Report on vaccination in Madras 1904-1921 - 1904-1921
Year: 1904
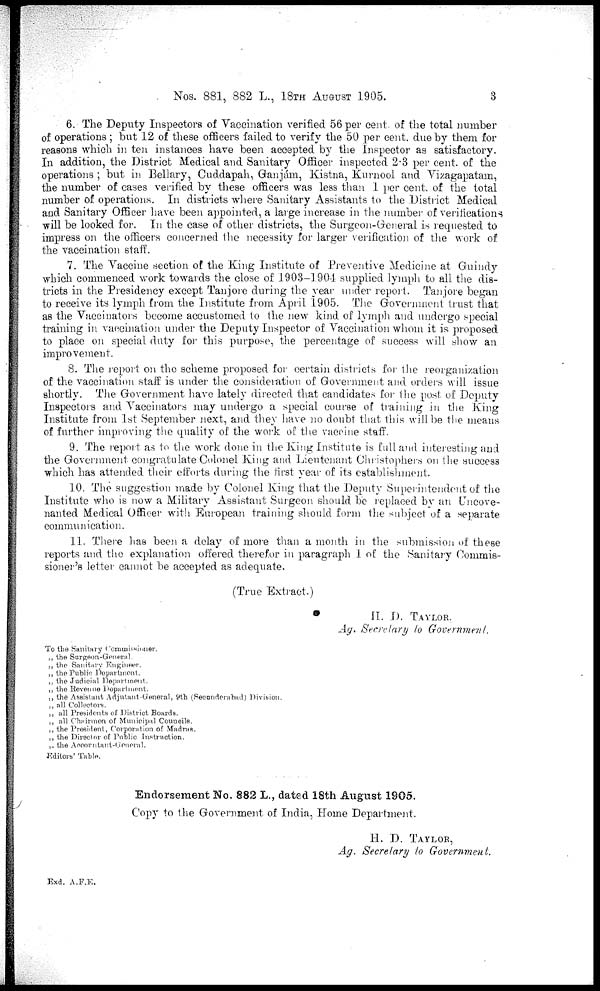
Nos. 881, 882 L., 18TH AUGUST 1905.
3
6. The Deputy Inspectors of Vaccination verified 56 per cent. of the total number
of operations ; but 12 of these officers failed to verify the 50 per cent. due by them for
reasons which in ten instances have been accepted by the Inspector as satisfactory.
In addition, the District Medical and Sanitary Officer inspected 2.3 per cent. of the
operations ; but in Bellary, Cuddapah, Ganjám, Kistna, Kurnool and Vizagapatam,
the number of cases verified by these officers was less than 1 per cent. of the total
number of operations. In districts where Sanitary Assistants to the District Medical
and Sanitary Officer have been appointed, a large increase in the number of verifications
will be looked for. In the case of other districts, the Surgeon-General is requested to
impress on the officers concerned the necessity for larger verification of the work of
the vaccination staff.
7. The Vaccine section of the King Institute of Preventive Medicine at Guindy
which commenced work towards the close of 1903-1904 supplied lymph to all the dis-
tricts in the Presidency except Tanjore during the year under report. Tanjore began
to receive its lymph from the Institute from April 1905. The Government trust that
as the Vaccinators become accustomed to the new kind of lymph and undergo special
training in vaccination under the Deputy Inspector of Vaccination whom it is proposed
to place on special duty for this purpose, the percentage of success will show an
improvement.
8. The report on the scheme proposed for certain districts for the reorganization
of the vaccination staff is under the consideration of Government and orders will issue
shortly. The Government have lately directed that candidates for the post of Deputy
Inspectors and Vaccinators may undergo a special course of training in the King
Institute from 1st September next, and they have no doubt that this will be the means
of further improving the quality of the work of the vaccine staff.
9. The report as to the work done in the King Institute is full and interesting and
the Government congratulate Colonel King and Lieutenant Christophers on the success
which has attended their efforts during the first year of its establishment.
10. The suggestion made by Colonel King that the Deputy Superintendent of the
Institute who is now a Military Assistant Surgeon should be replaced by an Uncove-¬
nanted Medical Officer with European training should form the subject of a separate
communication.
11. There has been a delay of more than a month in the submission of these
reports and the explanation offered therefor in paragraph 1 of the Sanitary Commis-
sioner's letter cannot be accepted as adequate.
(True Extract.)
H. D. TAYLOR.
Ag. Secretary to Government.
To the Sanitary Commissioner.
„ the Surgeon-General.
„ the Sanitary Engineer.
„ the Public Department
„ the Judicial Department.
„ the Revenue Department.
„ the Assistant Adjutant-General, 9th (Secundarabad) Division.
„ all Collectors.
„ all Presidents of District Boards.
„ all Chairmen of Municipal Councils.
„ the President, Corporation of Madras.
„ the Director of Public Instruction.
„ the Accountant-General.
Editors' Table.
Endorsement No. 882 L., dated 18th August 1905.
Copy to the Government of India, Home Department.
H. D. TAYLOR,
Ag. Secretary to Government.
Exd. A.F.E.